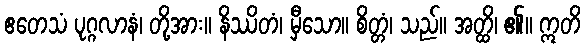
ဧတေသံ ပုဂ္ဂလာနံ၊ တို့အား။ နိဿိတံ၊ မှီသော။ စိတ္တံ၊ သည်။ အတ္ထိ၊ ၏။ ဣတိ